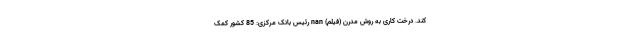
کند. درخت کاری به روش مدرن (فیلم) nan رئیس بانک مرکزی: 85 کشور کمک